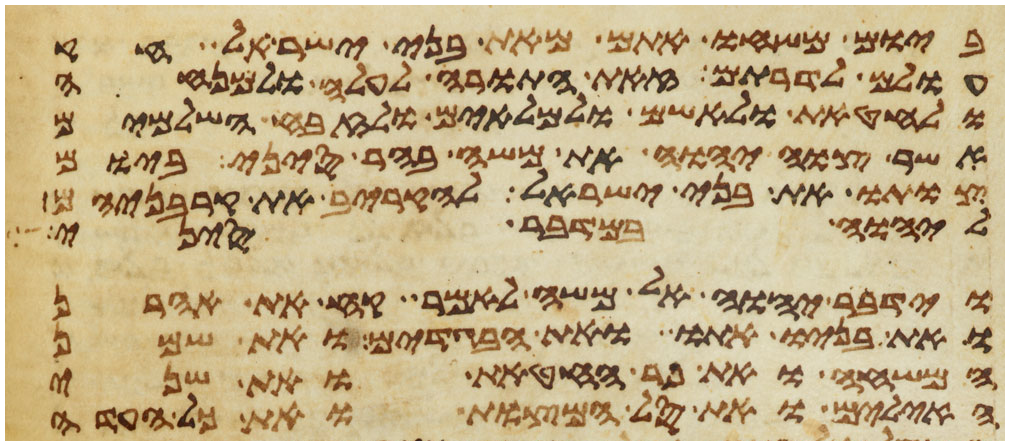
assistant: ביום משחו אתם מאת בני ישראל חק
עולם לדרותם זאת התורה לעלה ולמנחה
ולחטאת ולאשם ולמלאים ולזבח השלמים
אשר צוה יהוה את משה בהר סיני ביום
צותו את בני ישראל להקריב את קרבניהם
ליהוה במדבר סיני
וידבר יהוה אל משה לאמר קח את אהרן
ואת בניו אתו ואת הבגדים ואת שמן
המשחה ואת פר החטאת ואת שני
האילים ואת סל המצות ואת כל העדה